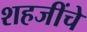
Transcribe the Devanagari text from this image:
शहजींचे